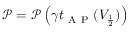
\mathcal { P } = \mathcal { P } \left( \gamma t _ { \mathrm { ~ A ~ P ~ } } ( V _ { \frac { 1 } { 2 } } ) \right)